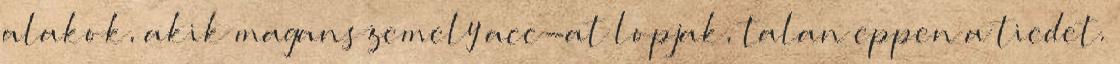
alakok, akik maganszemely acc-at lopjak, talan eppen a tiedet.